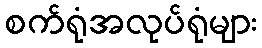
စက်ရုံအလုပ်ရုံများ